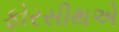
ફોરસીથએ